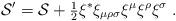
LaTeX: \begin{align*}{\cal S}' = {\cal S} + \mbox{\small{$\frac{1}{2}$}}\xi^* \xi_{\mu \rho \sigma} \xi^{\mu} \xi^{\rho} \xi^{\sigma} \;.\end{align*}